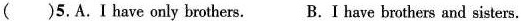
( )5.A. I have only brothers. B. I have brothers and sisters.